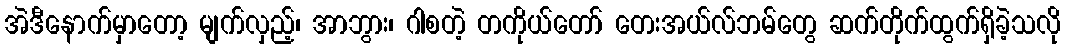
အဲဒီနောက်မှာတော့ မျက်လှည့်၊ အာဘွား၊ ဂါစတဲ့ တကိုယ်တော် တေးအယ်လ်ဘမ်တွေ ဆက်တိုက်ထွက်ရှိခဲ့သလို